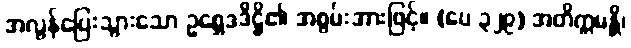
အလွန်ပြေးသွားသော ဥစ္ဆေဒဒိဋ္ဌိ၏ အစွမ်းအားဖြင့်။ (ပေ ၃၂၉) အတိက္ကမန္တိ၊